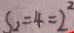
S _ { 2 } = 4 = 2 ^ { 2 }